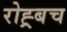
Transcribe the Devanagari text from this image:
रोह्र्बच